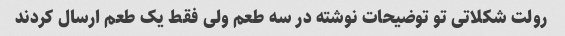
رولت شکلاتی تو توضیحات نوشته در سه طعم ولی فقط یک طعم ارسال کردند